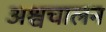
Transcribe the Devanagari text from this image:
अश्वचालन